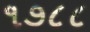
૧૭૮૮